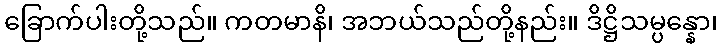
ခြောက်ပါးတို့သည်။ ကတမာနိ၊ အဘယ်သည်တို့နည်း။ ဒိဋ္ဌိသမ္ပန္နော၊